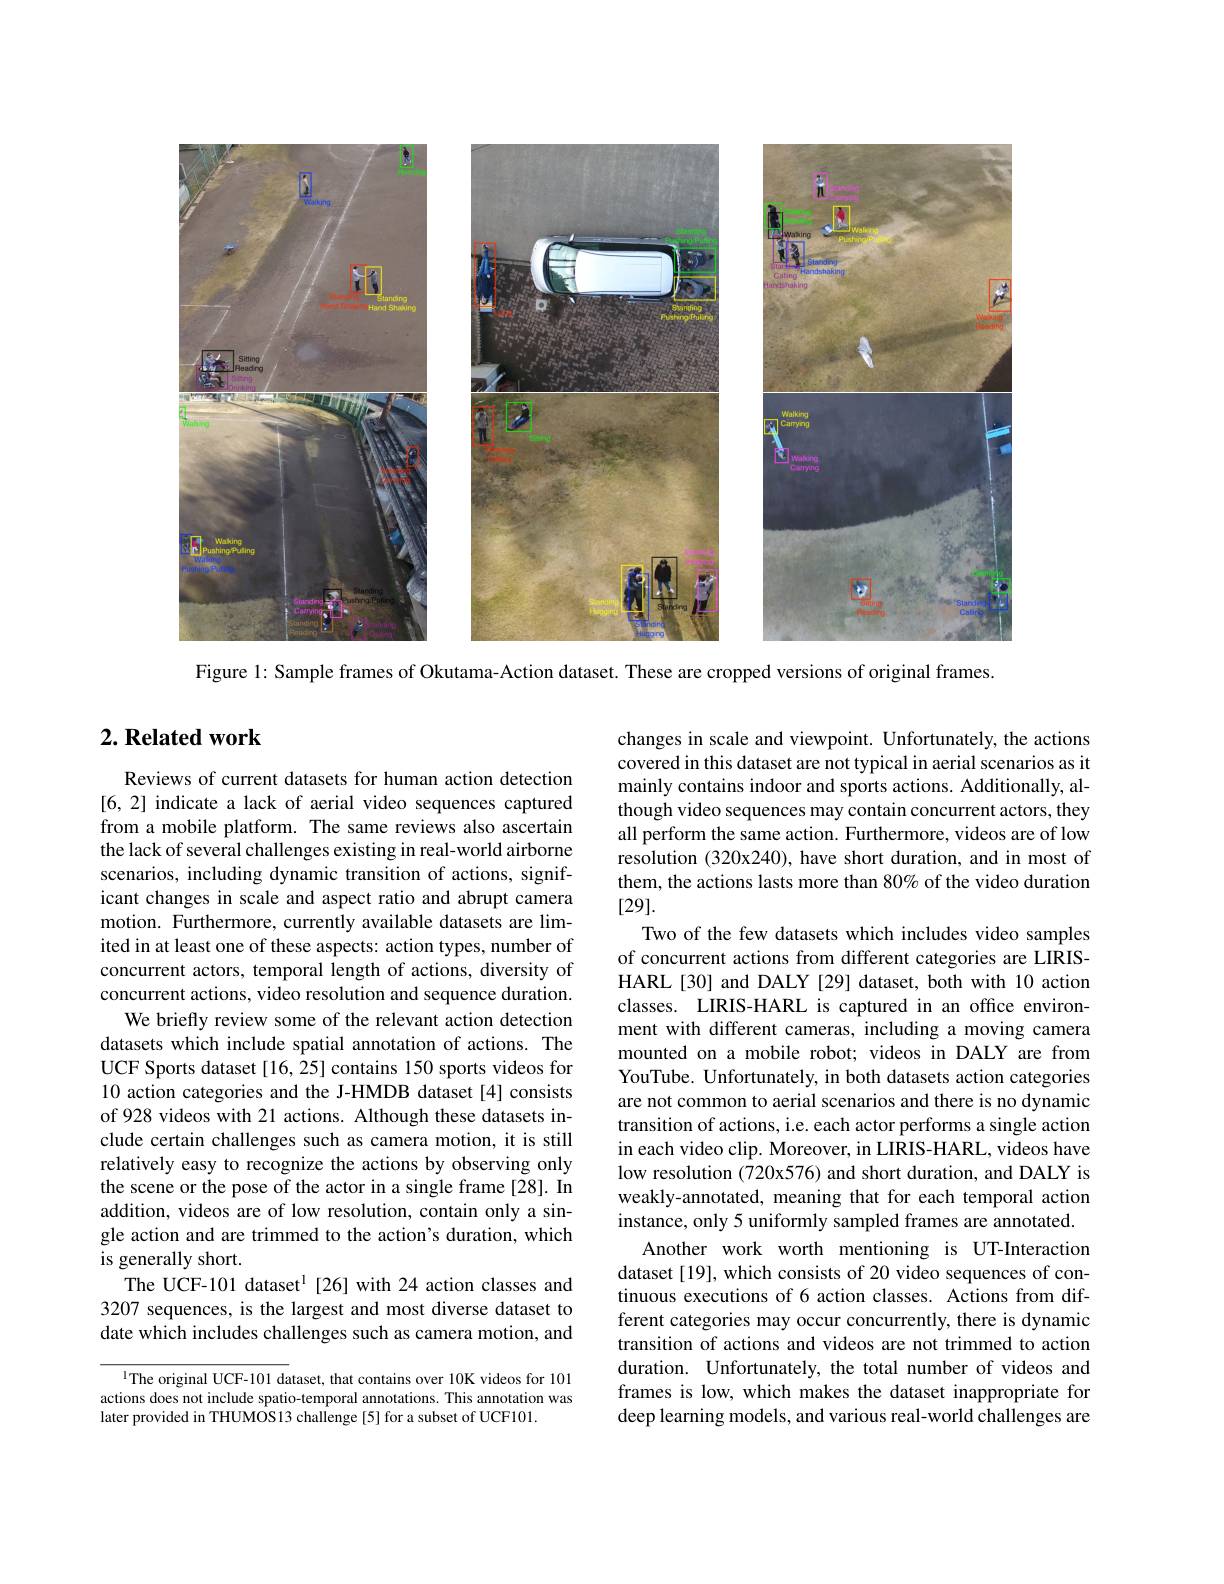
<FigureHere>

Figure 1: Sample frames of Okutama- Action dataset. These are cropped versions of original frames.

## $2. \textbf{ Related work}$

Reviews of current datasets for human action detection [6,2] indicate a lack of aerial video sequences captured from a mobile platform. The same reviews also ascertain the lack of several challenges existing in real-world airborne scenarios, including dynamic transition of actions, significant changes in scale and aspect ratio and abrupt camera motion. Furthermore, currently available datasets are limited in at least one of these aspects: action types, number of concurrent actors, temporal length of actions, diversity of concurrent actions, video resolution and sequence duration.
We briefly review some of the relevant action detection datasets which include spatial annotation of actions. The UCF Sports dataset [16, 25] contains 150 sports videos for 10 action categories and the J-HMDB dataset[4] consists of 928 videos with 21 actions. Although these datasets include certain challenges such as camera motion, it is still relatively easy to recognize the actions by observing only the scene or the pose of the actor in a single frame [28]. In addition, videos are of low resolution, contain only a single action and are trimmed to the action's duration, which is generally short.
The UCF-101 dataset$^{\mathrm{l}}$[26] with 24 action classes and 3207 sequences, is the largest and most diverse dataset to date which includes challenges such as camera motion, and

changes in scale and viewpoint. Unfortunately, the actions covered in this dataset are not typical in aerial scenarios as it mainly contains indoor and sports actions. Additionally, although video sequences may contain concurrent actors, they all perform the same action. Furthermore, videos are of low resolution (320x240), have short duration, and in most of them, the actions lasts more than 80% of the video duration [29].
Two of the few datasets which includes video samples of concurrent actions from different categories are LIRISHARL[30] and DALY[29] dataset, both with 10 action classes. LIRIS-HARL is captured in an office environment with different cameras, including a moving camera mounted on a mobile robot; videos in DALY are from YouTube. Unfortunately, in both datasets action categories are not common to aerial scenarios and there is no dynamic transition of actions, i.e. each actor performs a single action in each video clip. Moreover, in LIRIS-HARL, videos have low resolution (720x576) and short duration, and DALY is weakly-annotated, meaning that for each temporal action instance, only 5 uniformly sampled frames are annotated.
Another work worth mentioning is UT-Interaction dataset [19], which consists of 20 video sequences of continuous executions of 6 action classes. Actions from different categories may occur concurrently, there is dynamic transition of actions and videos are not trimmed to action duration. Unfortunately, the total number of videos and frames is low, which makes the dataset inappropriate for deep learning models, and various real-world challenges are

l The original UCF-101 dataset, that contains over 10K videos for 101 actions does not include spatio-temporal annotations. This annotation was later provided in THUMOS13 challenge[5] for a subset of UCF101.